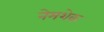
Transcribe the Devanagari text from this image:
नेमशेक